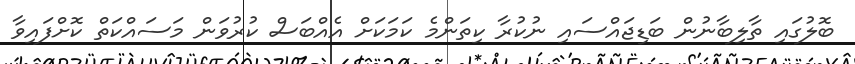
ބޮލުގައި ތާލިބާނުން ބަޑިޖައްސައި ނުކުރާ ކިތަންމެ ކަމަކަށް އެއްބަސް ކުރުވަން މަސައްކަތް ކޮށްފައިވާ